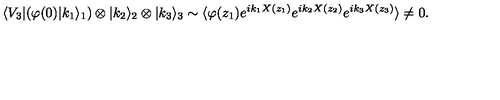
\langle V _ { 3 } | ( \varphi ( 0 ) | k _ { 1 } \rangle _ { 1 } ) \otimes | k _ { 2 } \rangle _ { 2 } \otimes | k _ { 3 } \rangle _ { 3 } \sim \langle \varphi ( z _ { 1 } ) e ^ { i k _ { 1 } X ( z _ { 1 } ) } e ^ { i k _ { 2 } X ( z _ { 2 } ) } e ^ { i k _ { 3 } X ( z _ { 3 } ) } \rangle \neq 0 .